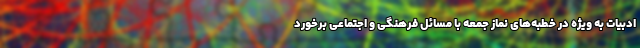
ادبیات به ویژه در خطبه‌های نماز جمعه با مسائل فرهنگی و اجتماعی برخورد